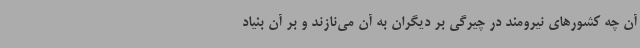
آن چه کشورهای نیرومند در چیرگی بر دیگران به آن می‌نازند و بر آن بنیاد